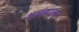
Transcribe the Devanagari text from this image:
आढयाला